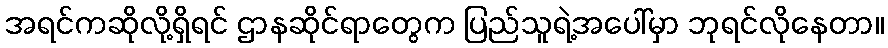
အရင်ကဆိုလို့ရှိရင် ဌာနဆိုင်ရာတွေက ပြည်သူရဲ့အပေါ်မှာ ဘုရင်လိုနေတာ။